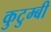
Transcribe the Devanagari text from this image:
कुटुम्बी